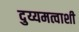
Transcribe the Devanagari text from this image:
दुय्यमत्वाशी